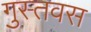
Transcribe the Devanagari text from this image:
गुस्तवस